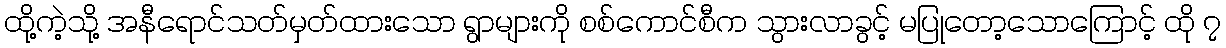
ထို့ကဲ့သို့ အနီရောင်သတ်မှတ်ထားသော ရွာများကို စစ်ကောင်စီက သွားလာခွင့် မပြုတော့သောကြောင့် ထို ၇